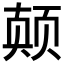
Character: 𱂪